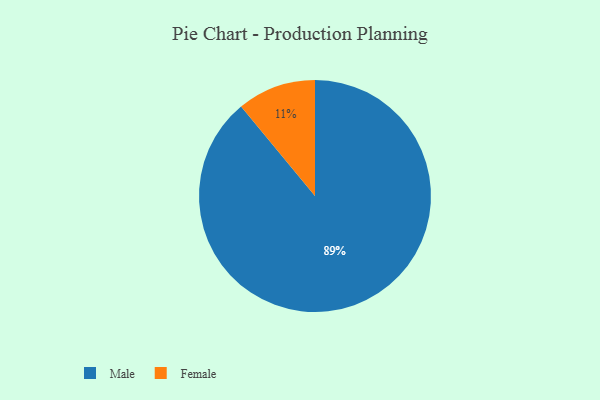
{"axis": {"x": "Category", "y": "Percentage"}, "legend": ["Female", "Male"], "data": [{"x": "Male", "y": 89, "type": "Male"}, {"x": "Female", "y": 11, "type": "Female"}]}